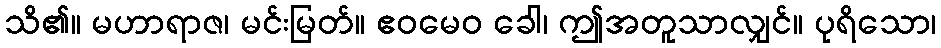
သိ၏။ မဟာရာဇ၊ မင်းမြတ်။ ဧဝမေဝ ခေါ၊ ဤအတူသာလျှင်။ ပုရိသော၊